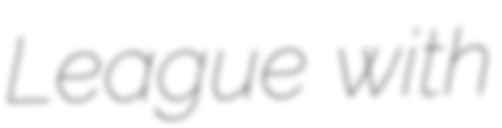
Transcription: League with